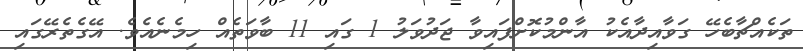
ތަކެއްޗާބެހޭ ގަވާއިދާއެކު އާންމުކޮށްފައިވާ ޖަދުވަލު 1 ގައި 11 ބާވަތެއް ހިމެނެއެވެ. އޭގެތެރޭގައި